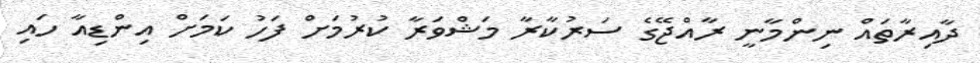
ދާއިރާތައް ނިންމާނީ ރާއްޖޭގެ ސަރުކާރާ މަޝްވަރާ ކުރުމަށް ފަހު ކަމަށް އިންޑިއާ ހައި